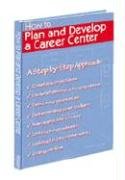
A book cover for How to Plan and Develop a Career Center; Donald A. Schutt; Education & Teaching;